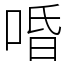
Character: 㖧